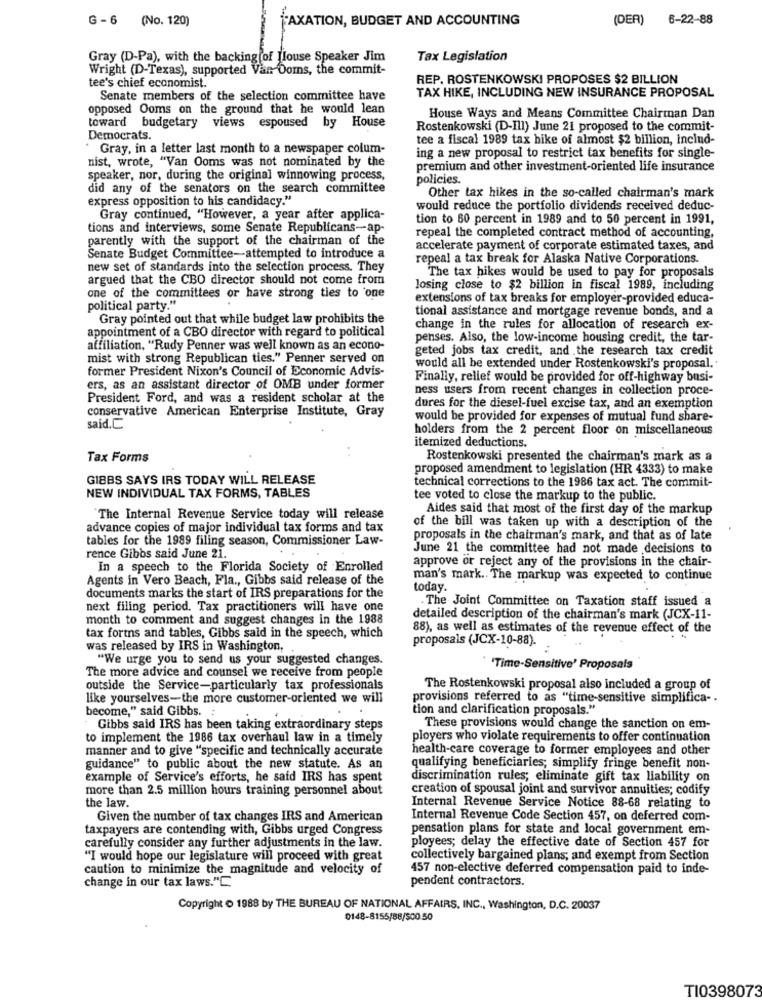
G - 6 (No. 120)
TAXATION, BUDGET AND ACCOUNTING
(DER) 6-22-88
Gray (D-Pa), with the backing of Hlouse Speaker Jim
Tax Legislation
Wright (D-Texas), supported Van Ooms, the commit-
tee's chief economist.
REP. ROSTENKOWSKI PROPOSES $2 BILLION
TAX HIKE, INCLUDING NEW INSURANCE PROPOSAL
Senate members of the selection committee have
opposed Ooms on the ground that he would lean
House Ways and Means Committee Chairman Dan
toward budgetary views espoused by House
Rostenkowski (D-Ill) June 21 proposed to the commit-
Democrats.
tee a fiscal 1989 tax hike of almost $2 billion, incind-
Gray, in a letter last month to a newspaper colum-
nist, wrote, "Van Ooms was not nominated by the
ing a new proposal to restrict tax benefits for single-
premium and other investment-oriented life insurance
speaker, nor, during the original winnowing process,
policies.
did any of the senators on the search committee
express opposition to his candidacy."
Other tax hikes in the so-called chairman's mark
would reduce the portfolio dividends received deduc-
Gray continued, "However, a year after applica-
tion to 60 percent in 1989 and to 50 percent in 1991,
tions and interviews, some Senate Republicans-ap-
repeal the completed contract method of accounting,
parently with the support of the chairman of the
accelerate payment of corporate estimated taxes, and
Senate Budget Committee-attempted to introduce a
repeal a tax break for Alaska Native Corporations.
new set of standards into the selection process. They
argued that the CBO director should not come from
The tax hikes would be used to pay for proposals
losing close to $2 billion in fiscal 1989, including
one of the committees or have strong ties to one
extensions of tax breaks for employer-provided educa-
political party."
tional assistance and mortgage revenue bonds, and a
Gray pointed out that while budget law prohibits the
appointment of a CBO director with regard to political
change in the rules for allocation of research ex-
penses. Also, the low-income housing credit, the tar-
affiliation, "Rudy Penner was well known as an econo-
geted jobs tax credit, and the research tax credit
mist with strong Republican ties." Penner served on
former President Nixon's Council of Economic Advis-
would all be extended under Rostenkowski's proposal.'
Finally, relief would be provided for off-highway busi-
ers, as an assistant director of OMB under former
ness users from recent changes in collection proce-
President Ford, and was a resident scholar at the
conservative American Enterprise Institute, Gray
dures for the diesel-fuel excise tax, and an exemption
would be provided for expenses of mutual fund share-
said.C.
holders from the 2 percent floor on miscellaneous
itemized deductions.
Tax Forms
Rostenkowski presented the chairman's mark as a
proposed amendment to legislation (HR 4333) to make
GIBBS SAYS IRS TODAY WILL RELEASE
technical corrections to the 1986 tax act. The commit-
NEW INDIVIDUAL TAX FORMS, TABLES
tee voted to close the markup to the public.
Aides said that most of the first day of the markup
"The Internal Revenue Service today will release
advance copies of major individual tax forms and tax
of the bill was taken up with a description of the
tables for the 1989 filing season, Commissioner Law-
proposals in the chairman's mark, and that as of late
June 21 the committee had not made decisions to
rence Gibbs said June 21.
approve or reject any of the provisions in the chair-
In a speech to the Florida Society of Enrolled
Agents in Vero Beach, Fla ., Gibbs said release of the
man's mark .. The markup was expected to continue
today.
documents marks the start of IRS preparations for the
.The Joint Committee on Taxation staff issued a
next filing period. Tax practitioners will have one
month to comment and suggest changes in the 1988
detailed description of the chairman's mark (JCX-11-
88), as well as estimates of the revenue effect of the
tax forms and tables, Gibbs said in the speech, which
proposals (JCX-10-88).
was released by IRS in Washington,
"We urge you to send us your suggested changes.
The more advice and counsel we receive from people
'Time-Sensitive' Proposals
outside the Service-particularly tax professionals
The Rostenkowski proposal also included a group of
like yourselves-the more customer-oriented we will
provisions referred to as "time-sensitive simplifica- .
become," said Gibbs. :
tion and clarification proposals."
Gibbs said IRS has been taking extraordinary steps
These provisions would change the sanction on em-
to implement the 1986 tax overhaul law in a timely
ployers who violate requirements to offer continuation
manner and to give "specific and technically accurate
health-care coverage to former employees and other
guidance" to public about the new statute. As an
qualifying beneficiaries; simplify fringe benefit non-
example of Service's efforts, he said IRS has spent
discrimination rules; eliminate gift tax liability on
more than 2.5 million hours training personnel about
creation of spousal joint and survivor annuities; codify
the law.
Internal Revenue Service Notice 88-68 relating to
Given the number of tax changes IRS and American
Internal Revenue Code Section 457, on deferred com-
taxpayers are contending with, Gibbs urged Congress
pensation plans for state and local government em-
carefully consider any further adjustments in the law.
ployees; delay the effective date of Section 457 for
"I would hope our legislature will proceed with great
collectively bargained plans; and exempt from Section
caution to minimize the magnitude and velocity of
457 non-elective deferred compensation paid to inde-
pendent contractors.
change in our tax laws."C.
Copyright @ 1988 by THE BUREAU OF NATIONAL AFFAIRS, INC ., Washington, D.C. 20037
0148-8155/88/500.50
TI0398073